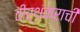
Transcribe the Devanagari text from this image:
तीर्थंकराची